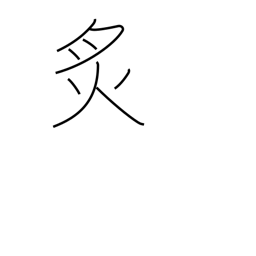
Meaning: cauterize